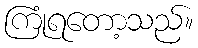
ကြုံရတော့သည်။